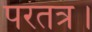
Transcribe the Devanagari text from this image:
परंतत्र।